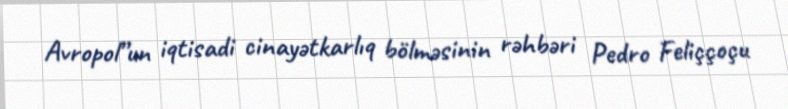
Avropol”un iqtisadi cinayətkarlıq bölməsinin rəhbəri Pedro Feliççoçu